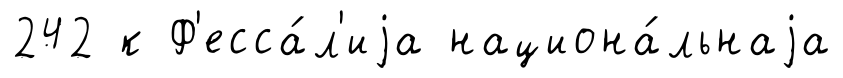
242 к Ф'есса́л'иjа национа́льнаjа